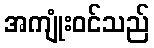
အကျုံးဝင်သည်